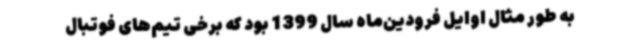
به طور مثال اوایل فرودین‌ماه سال 1399 بود که برخی تیم‌های فوتبال